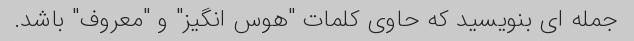
جمله ای بنویسید که حاوی کلمات "هوس انگیز" و "معروف" باشد.